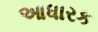
આધારક